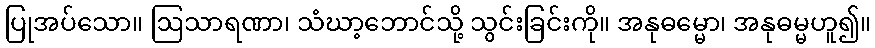
ပြုအပ်သော။ ဩသာရဏာ၊ သံဃာ့ဘောင်သို့ သွင်းခြင်းကို။ အနုဓမ္မော၊ အနုဓမ္မဟူ၍။